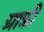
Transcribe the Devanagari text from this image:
ग्राफ़ी